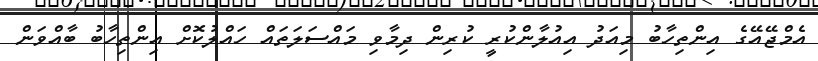
އެމްޖޭއޭގެ އިންތިހާބު މިއަދު އިއުލާންކުރީ ކުރިން ދިމާވި މައްސަލަތައް ހައްލުކޮށް އިންތިހާބު ބާއްވަން